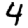
Digit: 4